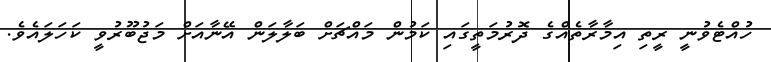
ހުއްޓެވުނީ ރީތި އިމާރާތެއްގެ ދޮރުމަތީގައި ކަމުން މައްޗަށް ބަލާލަން އޭނާއަށް މަޖުބޫރުވީ ކަހަލައެވެ.